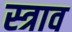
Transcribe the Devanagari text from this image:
स्‍त्राव